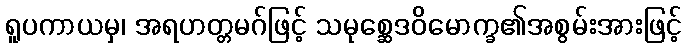
ရူပကာယမှ၊ အရဟတ္တမဂ်ဖြင့် သမုစ္ဆေဒဝိမောက္ခ၏အစွမ်းအားဖြင့်